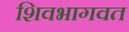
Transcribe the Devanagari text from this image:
शिवभागवत